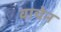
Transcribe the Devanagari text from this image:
वाचेन